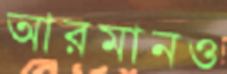
আরমানও